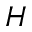
{ \cal H }